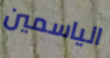
الياسمين